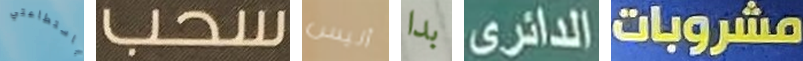
باستطاعتي سحب أليس بدا الدائري مشروبات